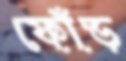
ফোঁড়